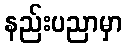
နည်းပညာမှာ